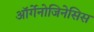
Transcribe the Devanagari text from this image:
ऑर्गेनोजिनेसिस